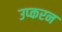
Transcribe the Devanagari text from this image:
उप्करन